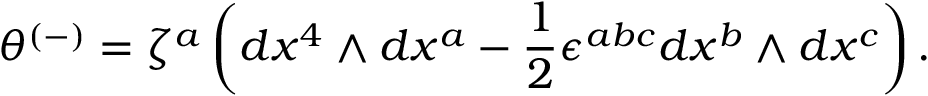
\theta ^ { ( - ) } = \zeta ^ { a } \left( d x ^ { 4 } \wedge d x ^ { a } - \frac { 1 } { 2 } \epsilon ^ { a b c } d x ^ { b } \wedge d x ^ { c } \right) .